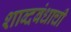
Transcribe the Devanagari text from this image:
शाब्दबंधाची